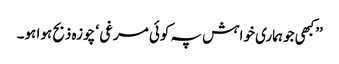
’’کبھی جو ہماری خواہش پہ کوئی مرغی ‘ چوزہ ذبح ہوا ہو۔